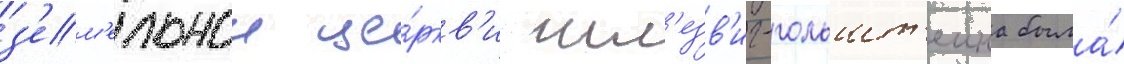
з'ем'ельнои це́ркв'и шл'езв'иг-гольшт'еина была́